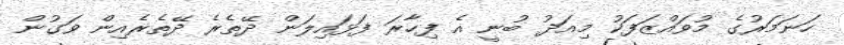
ހަނަމަރުގެ މުވައްޒަފަކު މިއަދު ބުނީ އެ ފިހާރަ ފަޅައިލަން ދޭތެރެ ދޭތެރެއިން ވަގުން